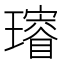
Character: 𤪓